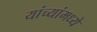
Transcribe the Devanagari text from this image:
यांच्यांमध्ये